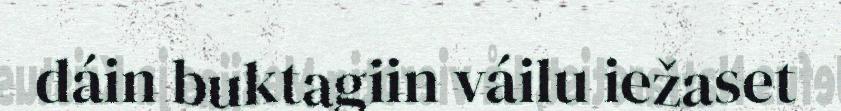
dáin buktagiin váilu iežaset